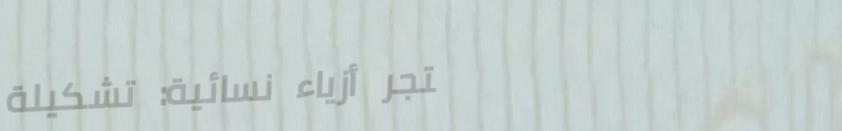
متجر أزياء نسائية: تشكيلة